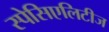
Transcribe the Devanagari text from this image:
स्पेसिएलिटीज